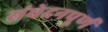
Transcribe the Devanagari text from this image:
संवेदनपूर्ण